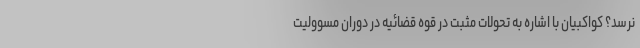
نرسد؟ کواکبیان با اشاره به تحولات مثبت در قوه قضائیه در دوران مسوولیت